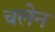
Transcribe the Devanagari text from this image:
चलेन